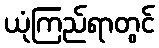
ယုံကြည်ရာတွင်